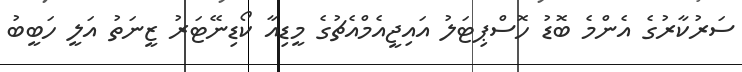
ސަރުކާރުގެ އެންމެ ބޮޑު ހޮސްޕިޓަލު އައިޖީއެމްއެޗުގެ މީޑިއާ ކޯޑިނޭޓަރު ޒީނަތު އަލީ ހަބީބު